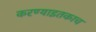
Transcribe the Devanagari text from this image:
करण्याइतकाच